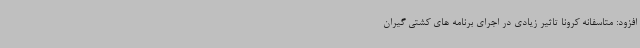
افزود: متاسفانه کرونا تاثیر زیادی در اجرای برنامه های کشتی گیران